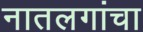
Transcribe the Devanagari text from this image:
नातलगांचा